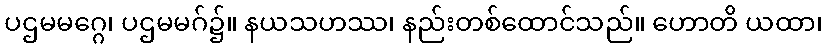
ပဌမမဂ္ဂေ၊ ပဌမမဂ်၌။ နယသဟဿ၊ နည်းတစ်ထောင်သည်။ ဟောတိ ယထာ၊